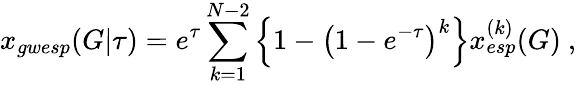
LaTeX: x_{gwesp}(G|\tau)=e^{\tau}\sum_{k=1}^{N-2}\Big\{ 1-\big(1-e^{-\tau}\big)^{k}\Big\} x_{esp}^{(k)}(G)\ ,